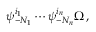
\psi _ { - N _ { 1 } } ^ { i _ { 1 } } \cdots \psi _ { - N _ { n } } ^ { i _ { n } } \Omega \, ,